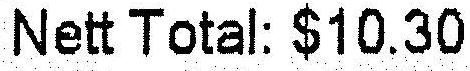
NETT TOTAL: $10.30